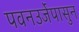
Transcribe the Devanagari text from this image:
पवनउर्जेपासुन